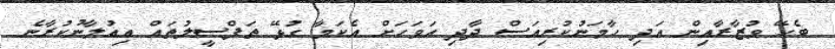
ބެހޭ ވުޒާރާއިން އަދި ހާމަނުކުރިއަސް ދާދި އަވަހަށް އެކަމާ ގުޅޭ ތަފްސީލުތައް އިއުލާނުކުރާނެ